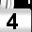
Digit: 4